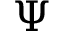
\Psi